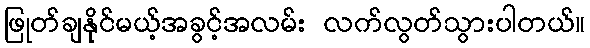
ဖြုတ်ချနိုင်မယ့်အခွင့်အလမ်း လက်လွတ်သွားပါတယ်။